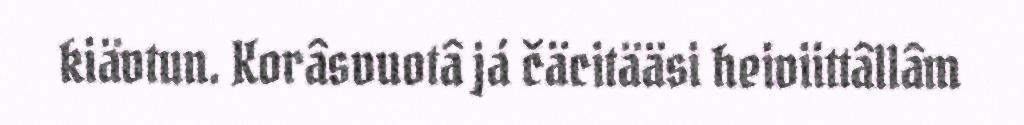
kiävtun. Korâsvuotâ já čäcitääsi heiviittâllâm